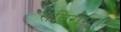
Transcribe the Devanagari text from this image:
सविराम।